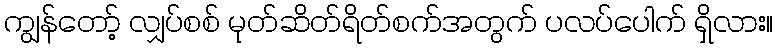
ကျွန်တော့် လျှပ်စစ် မုတ်ဆိတ်ရိတ်စက်အတွက် ပလပ်ပေါက် ရှိလား။